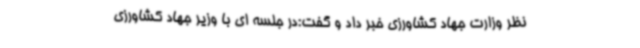
نظر وزارت جهاد کشاورزی خبر داد و گفت:در جلسه ای با وزیر جهاد کشاورزی